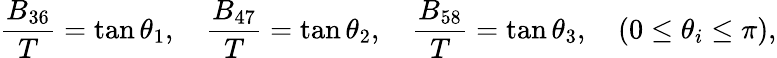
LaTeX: \frac{B_{36}}{T}=\tan\theta_{1},\quad\frac{B_{47}}{T}=\tan\theta_{2},\quad\frac{B_{58}}{T}=\tan\theta_{3},\quad(0\leq\theta_{i}\leq\pi),